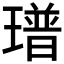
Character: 𤩓